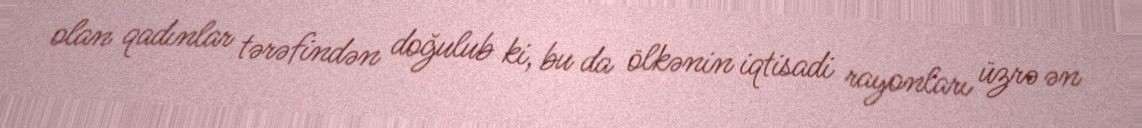
olan qadınlar tərəfindən doğulub ki, bu da ölkənin iqtisadi rayonları üzrə ən